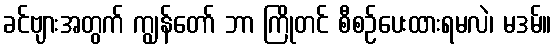
ခင်ဗျားအတွက် ကျွန်တော် ဘာ ကြိုတင် စီစဉ်ပေးထားရမလဲ၊ မဒမ်။